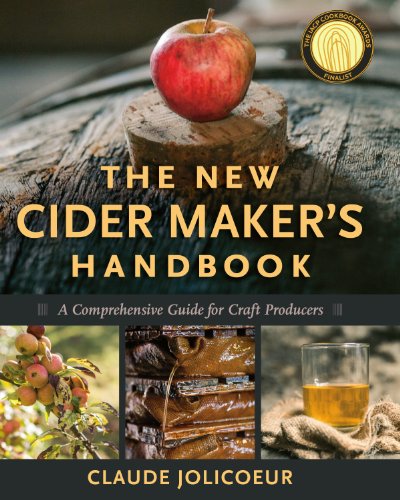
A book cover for The New Cider Maker's Handbook: A Comprehensive Guide for Craft Producers; Claude Jolicoeur; Cookbooks, Food & Wine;